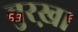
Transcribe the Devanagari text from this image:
बुरख़ा